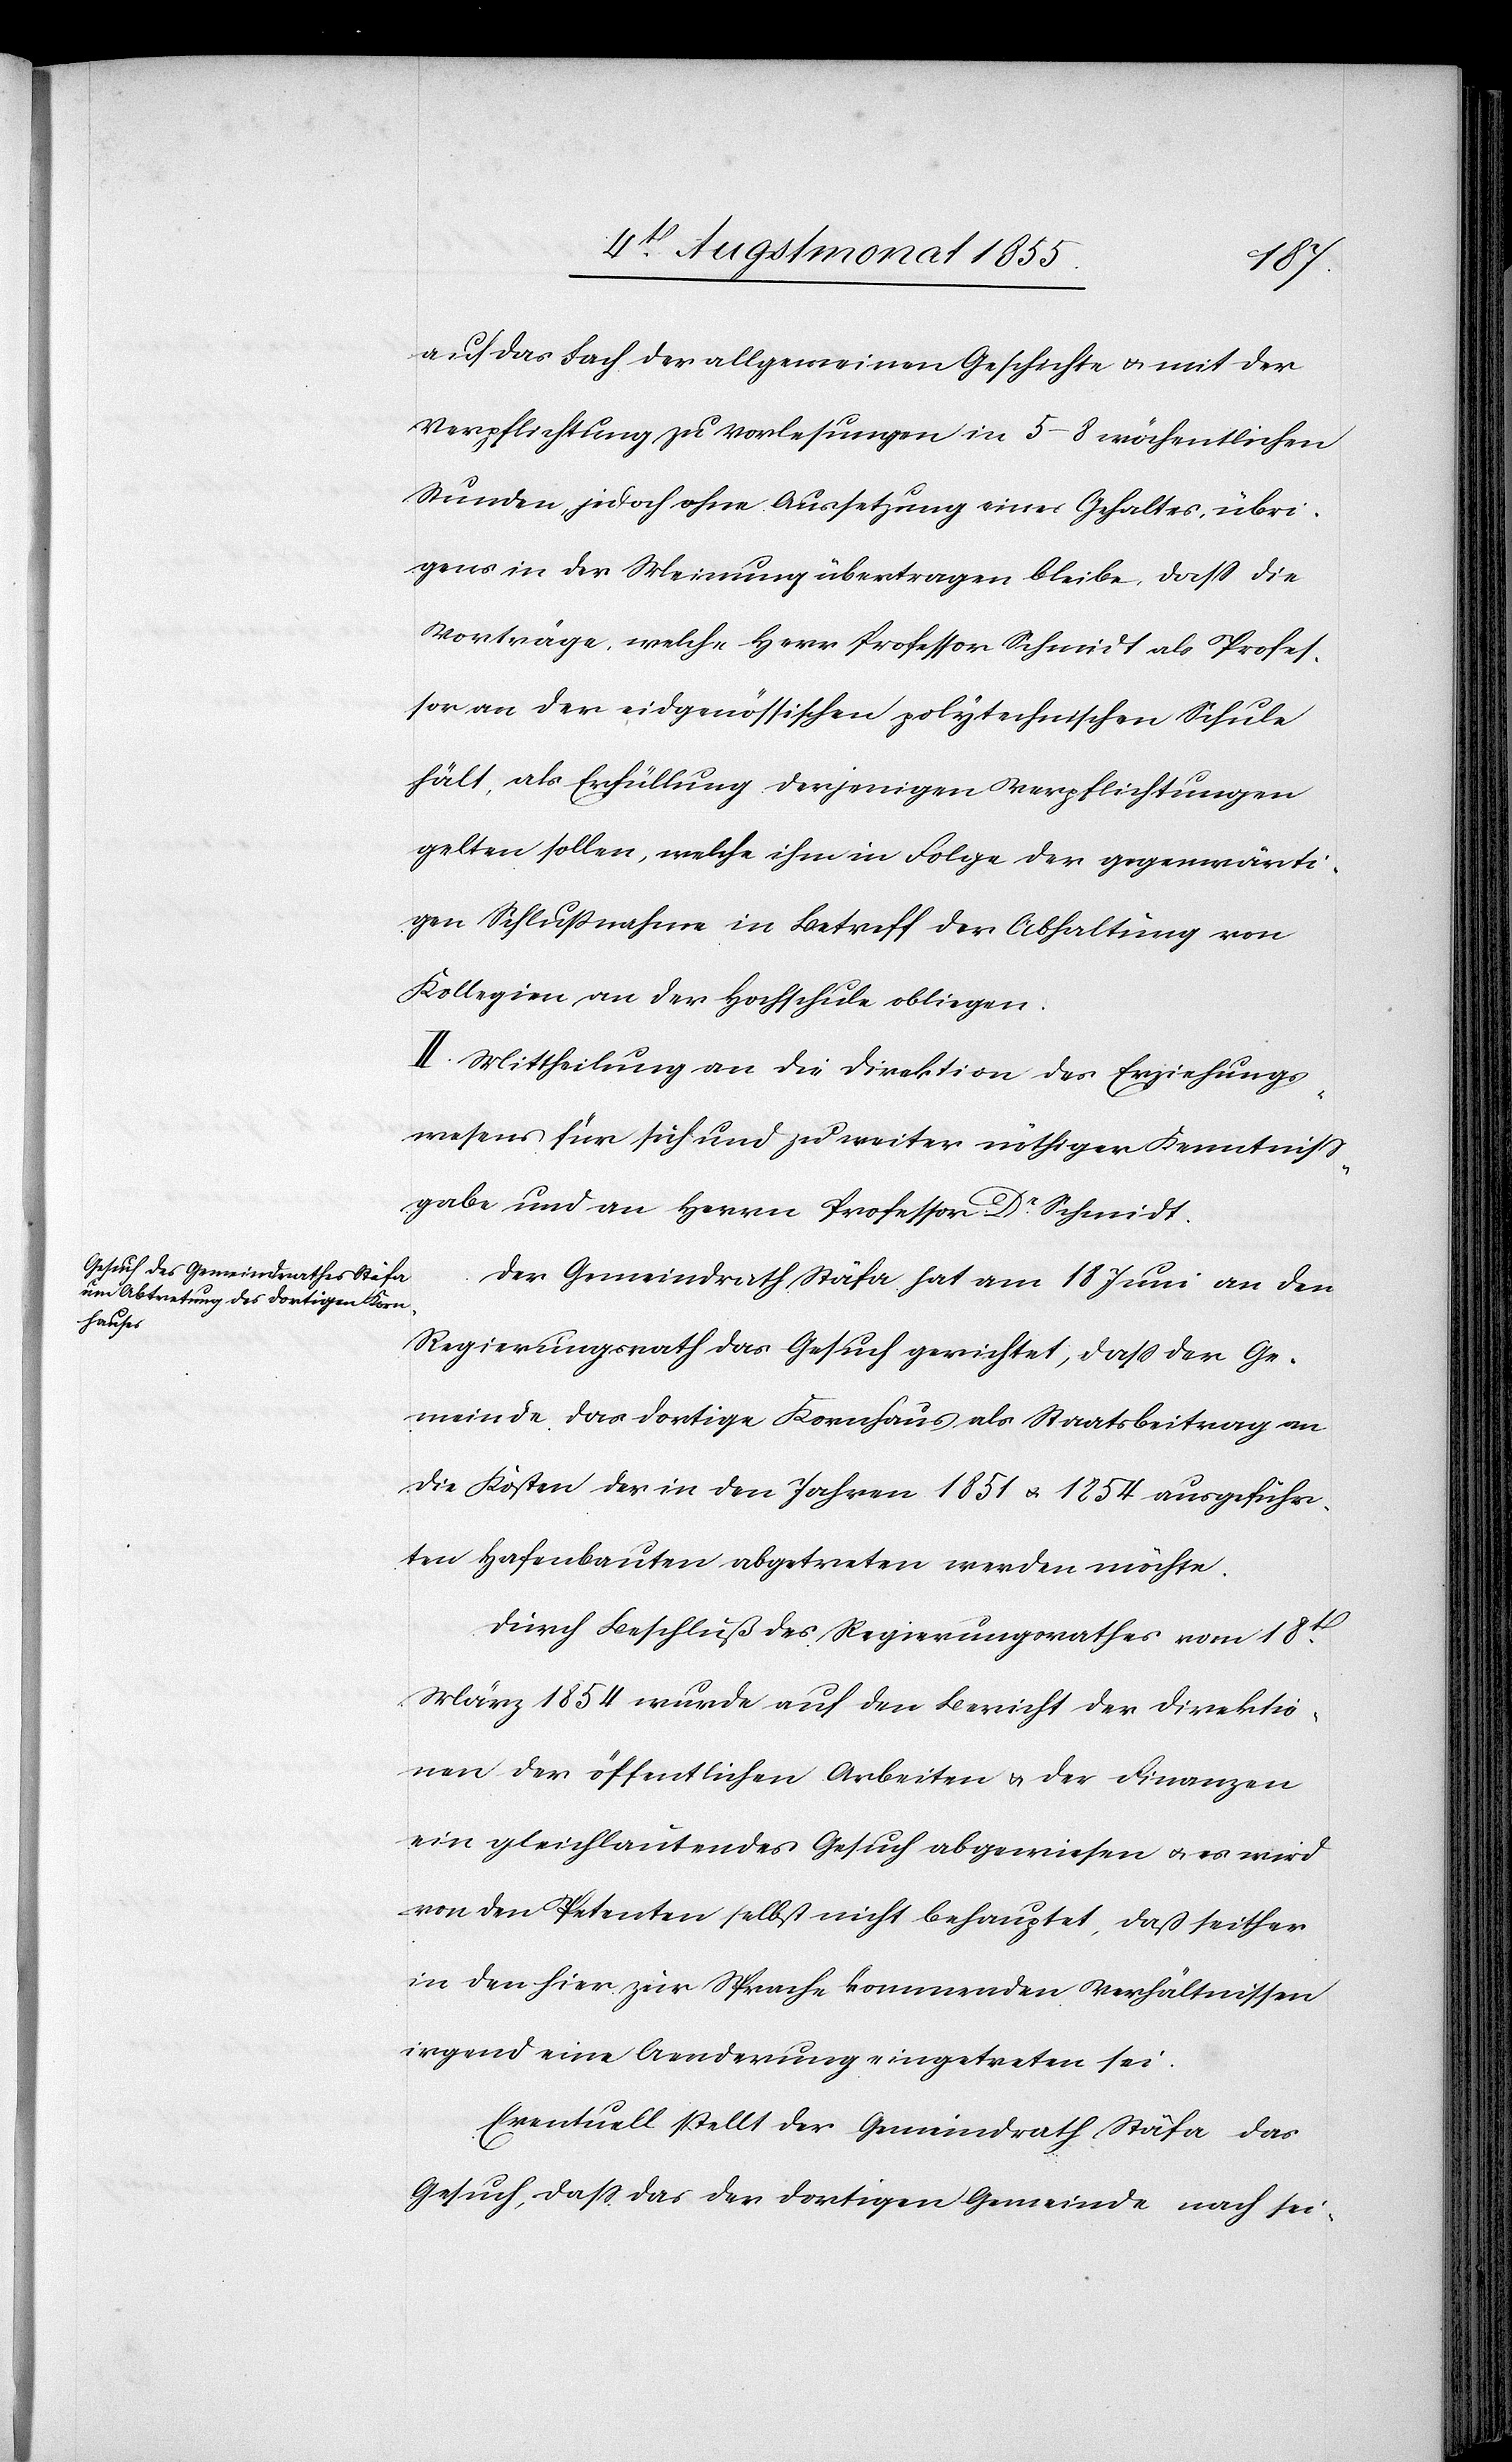
auf das Fach der allgemeinen Geschichte & mit der
Verpflichtung zu Vorlesungen in 5–8 wöchentlichen
Stunden jedoch ohne Aussetzung eines Gehaltes, übri¬
gens in der Meinung übertragen bleibe, dass die
Vorträge, welche Herr Professor Schmidt als Profes¬
sor an der eidgenössischen polytechnischen Schule
hält, als Erfüllung derjenigen Verpflichtungen
gelten sollen, welche ihm in Folge der gegenwärti¬
gen Schlußnahme in Betreff der Abhaltung von
Kollegien an der Hochschule obliegen.
II. Mittheilung an die Direktion des Erziehungs¬
wesens für sich und zu weiter nöthiger Kenntniss¬
gabe und an Herrn Professor Dr. Schmidt.
Der Gemeindrath Stäfa hat am 18 Juni an den
Regierungsrath das Gesuch gerichtet, dass der Ge¬
meinde das dortige Kornhaus als Staatsbeitrag an
die Kosten der in den Jahren 1851 & 1854 ausgeführ¬
ten Hafenbauten abgetreten werden möchte.
Durch Beschluß des Regierungsrathes vom 18t.
März 1854 wurde auf den Bericht der Direktio¬
nen der öffentlichen Arbeiten & der Finanzen
ein gleichlautendes Gesuch abgewiesen & es wird
von den Petenten selbst nicht behauptet, daß seither
in den hier zur Sprache kommenden Verhältnissen
irgend eine Aenderung eingetreten sei.
Eventuell stellt der Gemeindrath Stäfa das
Gesuch, dass das der dortigen Gemeinde nach sei-